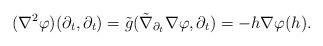
LaTeX: \begin{align*}(\nabla^2\varphi)(\partial_t,\partial_t)=\tilde{g}(\tilde{\nabla}_{\partial_t}\nabla\varphi,\partial_t)=-h\nabla\varphi(h).\end{align*}